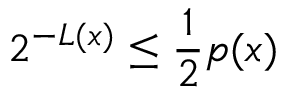
2 ^ { - L ( x ) } \leq { \frac { 1 } { 2 } } p ( x )